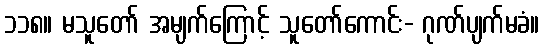
၁၁၈။ မသူတော် အမျက်ကြောင့် သူတော်ကောင်း- ဂုဏ်ပျက်မခံ။